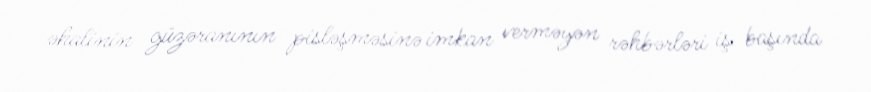
əhalinin güzəranının pisləşməsinə imkan verməyən rəhbərləri iş başında